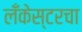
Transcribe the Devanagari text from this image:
लँकेस्टरचा